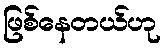
ဖြစ်နေတယ်ဟု